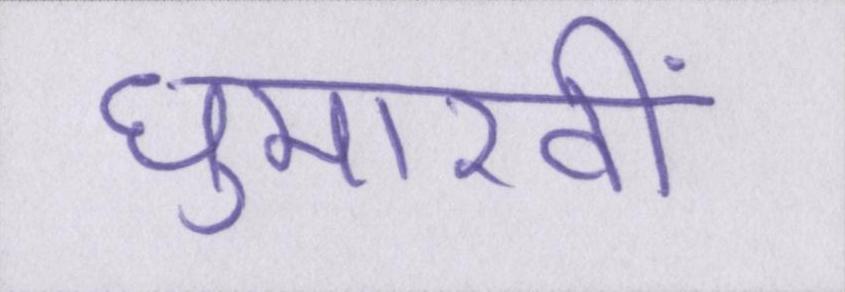
घुमारवीं